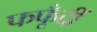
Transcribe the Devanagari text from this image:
फफूँदीं